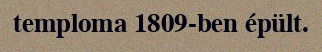
temploma 1809-ben épült.